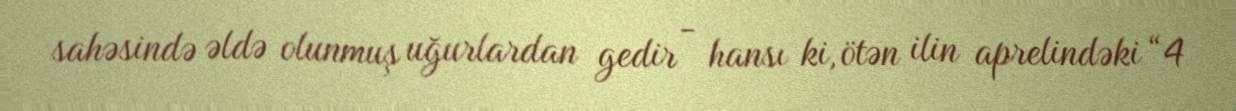
sahəsində əldə olunmuş uğurlardan gedir - hansı ki, ötən ilin aprelindəki “4